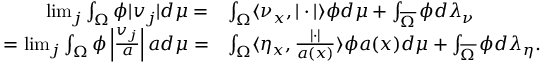
\begin{array} { r l r l } & { } & { \operatorname* { l i m } _ { j } \int _ { \Omega } \phi | v _ { j } | d \mu = } & { \int _ { \Omega } \langle \nu _ { x } , | \cdot | \rangle \phi d \mu + \int _ { \overline { { \Omega } } } \phi d \lambda _ { \nu } } \\ & { } & { = \operatorname* { l i m } _ { j } \int _ { \Omega } \phi \left| \frac { v _ { j } } { a } \right| a d \mu = } & { \int _ { \Omega } \langle \eta _ { x } , \frac { | \cdot | } { a ( x ) } \rangle \phi a ( x ) d \mu + \int _ { \overline { { \Omega } } } \phi d \lambda _ { \eta } . } \end{array}